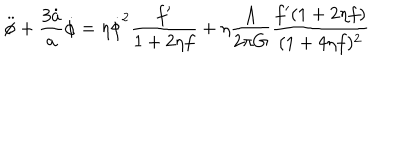
\ddot { \phi } + \frac { 3 \dot { a } } { a } \dot { \phi } = \eta \dot { \phi } ^ { 2 } \frac { f ^ { \prime } } { 1 + 2 \eta f } + \eta \frac { \Lambda } { 2 \pi G } \frac { f ^ { \prime } ( 1 + 2 \eta f ) } { ( 1 + 4 \eta f ) ^ { 2 } }